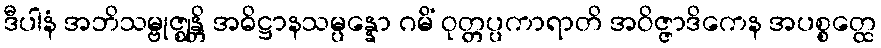
ဒီပါနံ အဘိသမ္ဗုဇ္ဈန္တိ အဓိဋ္ဌာနသမ္ပန္နော ဂမိံ ဝုတ္တပ္ပကာရာတိ အဝိဇ္ဇာဒိကေန အပစ္စတ္ထေ